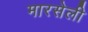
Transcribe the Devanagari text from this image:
मारसेली